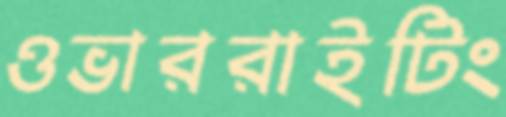
ওভাররাইটিং